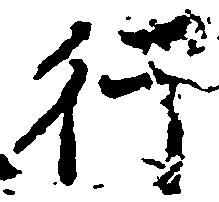
行